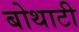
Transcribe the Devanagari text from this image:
बोथाटी